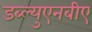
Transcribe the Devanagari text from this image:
डब्ल्युएनबीए